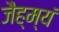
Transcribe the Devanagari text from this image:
जैह्म्यं